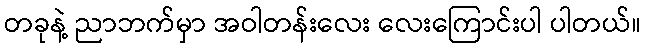
တခုနဲ့ ညာဘက်မှာ အဝါတန်းလေး လေးကြောင်းပါ ပါတယ်။